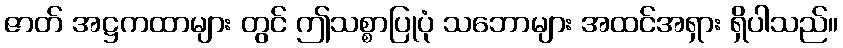
ဇာတ် အဋ္ဌကထာများ တွင် ဤသစ္စာပြုပုံ သဘောများ အထင်အရှား ရှိပါသည်။